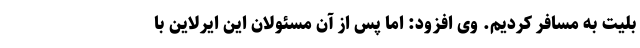
بلیت به مسافر کردیم. وی افزود: اما پس از آن مسئولان این ایرلاین با